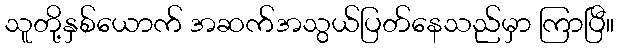
သူတို့နှစ်ယောက် အဆက်အသွယ်ပြတ်နေသည်မှာ ကြာပြီ။